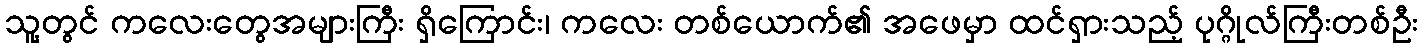
သူ့တွင် ကလေးတွေအများကြီး ရှိကြောင်း၊ ကလေး တစ်ယောက်၏ အဖေမှာ ထင်ရှားသည့် ပုဂ္ဂိုလ်ကြီးတစ်ဦး